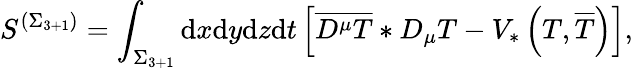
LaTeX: S^{\left(\Sigma_{3+1}\right)}=\int_{\Sigma_{3+1}}\mathrm{d}x\mathrm{d}y\mathrm{d}z\mathrm{d}t\left[\overline{{{{D^{\mu}T}}}}*D_{\mu}T-V_{*}\left(T,\overline{{{{T}}}}\right)\right],